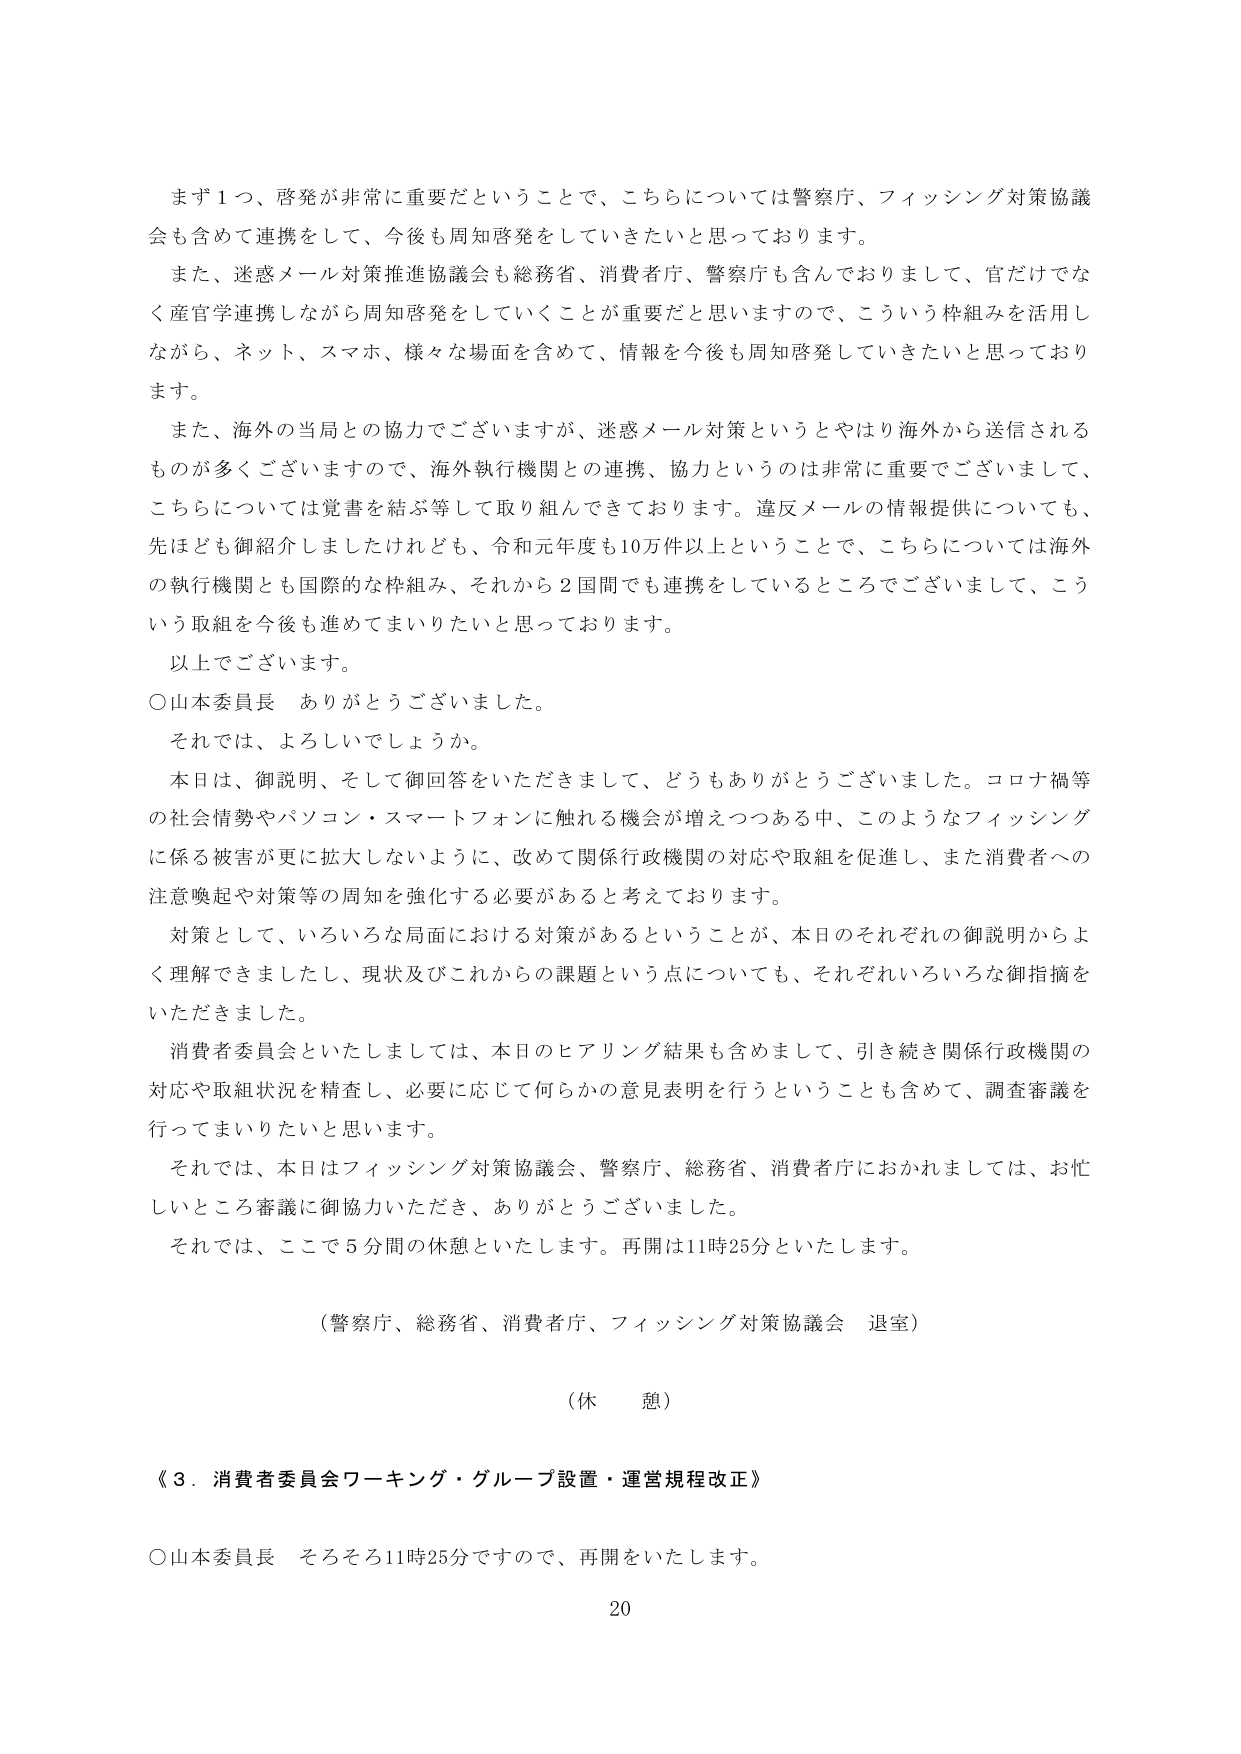
まず１つ、啓発が非常に重要だということで、こちらについては警察庁、フィッシング対策協議会も含めて連携をして、今後も周知啓発をしていきたいと思っております。

また、迷惑メール対策推進協議会も総務省、消費者庁、警察庁も含んでおりまして、官だけでなく産官学連携しながら周知啓発をしていくことが重要だと思いますので、こういう枠組みを活用しながら、ネット、スマホ、様々な場面を含めて、情報を今後も周知啓発していきたいと思っております。

また、海外の当局との協力でございますが、迷惑メール対策というとやはり海外から送信されるものが多くございますので、海外執行機関との連携、協力というのは非常に重要でございまして、こちらについては覚書を結ぶ等して取り組んできております。違反メールの情報提供についても、先ほども御紹介しましたけれども、令和元年度も10万件以上ということで、こちらについては海外の執行機関とも国際的な枠組み、それから２国間でも連携をしているところでございまして、こういう取組を今後も進めてまいりたいと思っております。

以上でございます。

○山本委員長　ありがとうございました。

それでは、よろしいでしょうか。

本日は、御説明、そして御回答をいただきまして、どうもありがとうございました。コロナ禍等の社会情勢やパソコン・スマートフォンに触れる機会が増えつつある中、このようなフィッシングに係る被害が更に拡大しないように、改めて関係行政機関の対応や取組を促進し、また消費者への注意喚起や対策等の周知を強化する必要があると考えております。

対策として、いろいろな局面における対策があるということが、本日のそれぞれの御説明からよく理解できましたし、現状及びこれからの課題という点についても、それぞれいろいろな御指摘をいただきました。

消費者委員会といたしましては、本日のヒアリング結果も含めまして、引き続き関係行政機関の対応や取組状況を精査し、必要に応じて何らかの意見表明を行うということも含めて、調査審議を行ってまいりたいと思います。

それでは、本日はフィッシング対策協議会、警察庁、総務省、消費者庁におかれましては、お忙しいところ審議に御協力いただき、ありがとうございました。

それでは、ここで５分間の休憩といたします。再開は11時25分といたします。

（警察庁、総務省、消費者庁、フィッシング対策協議会　退室）

（休憩）

《３．消費者委員会ワーキング・グループ設置・運営規程改正》

○山本委員長　そろそろ11時25分ですので、再開をいたします。

20